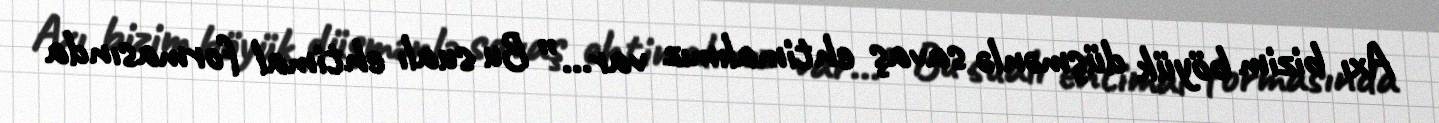
Axı bizim böyük düşmənlə savaş ehtimalımız var...” Bu sualı ehtimal formasında